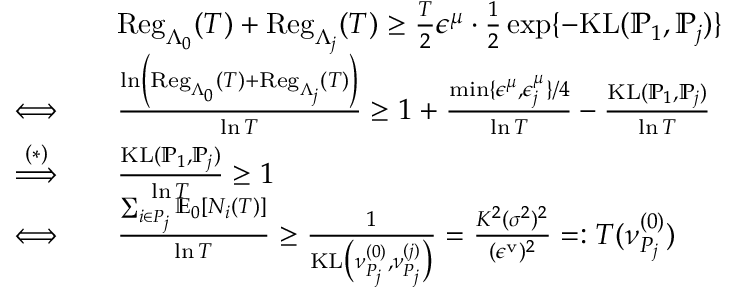
\begin{array} { r l } & { \mathrm { R e g } _ { \Lambda _ { 0 } } ( T ) + \mathrm { R e g } _ { \Lambda _ { j } } ( T ) \geq \frac { T } { 2 } \epsilon ^ { \mu } \cdot \frac { 1 } { 2 } \exp \{ - \mathrm { K L } ( \mathbb { P } _ { 1 } , \mathbb { P } _ { j } ) \} } \\ { \Longleftrightarrow \quad } & { \frac { \ln \left( \mathrm { R e g } _ { \Lambda _ { 0 } } ( T ) + \mathrm { R e g } _ { \Lambda _ { j } } ( T ) \right) } { \ln T } \geq 1 + \frac { \operatorname* { m i n } \{ \epsilon ^ { \mu } , \epsilon _ { j } ^ { \mu } \} / 4 } { \ln T } - \frac { \mathrm { K L } ( \mathbb { P } _ { 1 } , \mathbb { P } _ { j } ) } { \ln T } } \\ { \overset { ( * ) } { \Longrightarrow } \quad } & { \frac { \mathrm { K L } ( \mathbb { P } _ { 1 } , \mathbb { P } _ { j } ) } { \ln T } \geq 1 } \\ { \Longleftrightarrow \quad } & { \frac { \sum _ { i \in P _ { j } } \mathbb { E } _ { 0 } [ N _ { i } ( T ) ] } { \ln T } \geq \frac { 1 } { \mathrm { K L } \big ( \nu _ { P _ { j } } ^ { ( 0 ) } , \nu _ { P _ { j } } ^ { ( j ) } \big ) } = \frac { K ^ { 2 } ( \sigma ^ { 2 } ) ^ { 2 } } { ( \epsilon ^ { \mathrm { v } } ) ^ { 2 } } = : T ( \nu _ { P _ { j } } ^ { ( 0 ) } ) } \end{array}